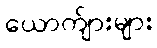
ယောက်ျားများ